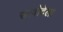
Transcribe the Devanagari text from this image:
सरवोदेला